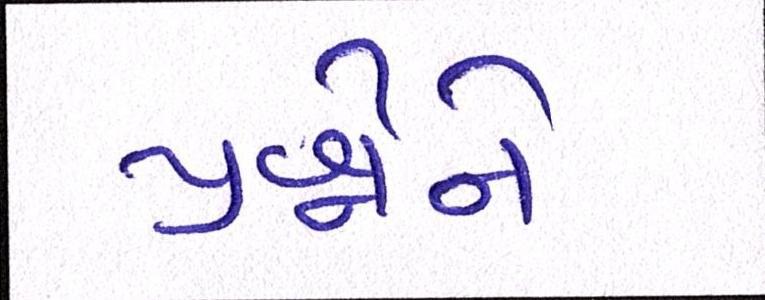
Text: પ્રશ્નોને